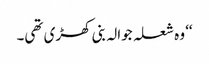
‘‘ وہ شعلہ جوالہ بنی کھڑی تھی۔